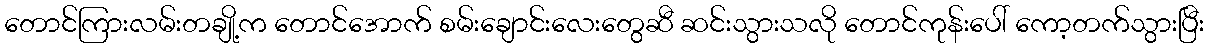
တောင်ကြားလမ်းတချို့က တောင်အောက် စမ်းချောင်းလေးတွေဆီ ဆင်းသွားသလို တောင်ကုန်းပေါ် ကော့တက်သွားပြီး